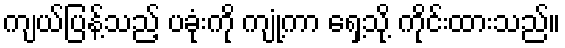
ကျယ်ပြန့်သည့် ပခုံးကို ကျုံ့ကာ ရှေ့သို့ ကိုင်းထားသည်။